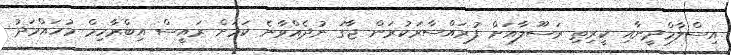
އިސްލާމްދީނާއި ކީރިތި ރަސޫލާއަށް ފުރައްސާރަކުރަން ޖާގަ ނުދެއްވާނެ ކަމަށް ރައީސް އިބްރާހިމް މުހައްމަދު